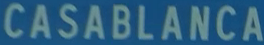
CASABLANCA